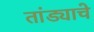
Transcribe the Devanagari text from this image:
तांड्याचे